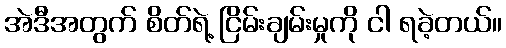
အဲဒီအတွက် စိတ်ရဲ့ ငြိမ်းချမ်းမှုကို ငါ ရခဲ့တယ်။